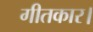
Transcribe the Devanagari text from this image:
गीतकार।